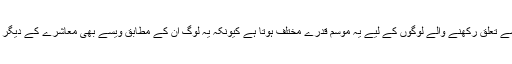
انھوں نے کہا کہ تخلیقی فن سے تعلق رکھنے والے لوگوں کے لیے یہ موسم قدرے مختلف ہوتا ہے کیونکہ یہ لوگ ان کے مطابق ویسے بھی معاشرے کے دیگر لوگوں سے مختلف ہوتے ہیں۔